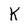
Character: K